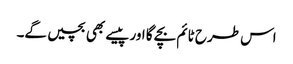
اس طرح ٹائم بچے گا اور پیسے بھی بچیں گے۔